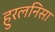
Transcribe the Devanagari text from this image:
हुरलनिसा